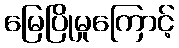
မြေပြိုမှုကြောင့်